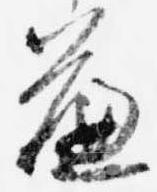
簾